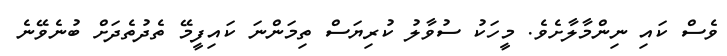
ވެސް ކައި ނިންމާލާށެވެ. މީހަކު ސުވާލު ކުރިޔަސް ތިމަންނަ ކައިފީމޭ ތެދުތެދަށް ބުނެވޭނެ